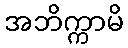
အဘိက္ကာမိ